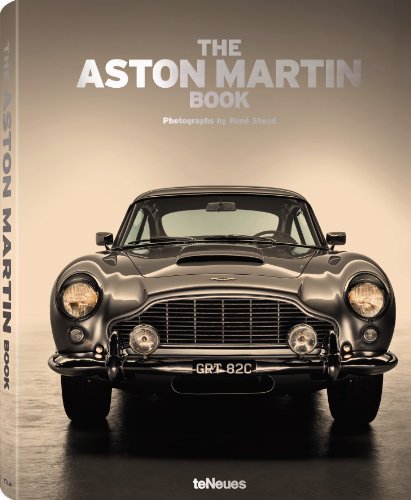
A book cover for The Aston Martin Book; Engineering & Transportation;